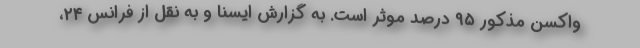
واکسن مذکور ۹۵ درصد موثر است. به گزارش ایسنا و به نقل از فرانس ۲۴،